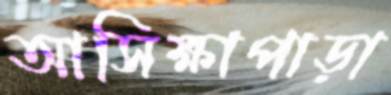
আসিক্ষাপাড়া